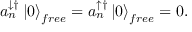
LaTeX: a _ { n } ^ { \downarrow \dagger } \left| 0 \right\rangle _ { f r e e } = a _ { n } ^ { \uparrow \dagger } \left| 0 \right\rangle _ { f r e e } = 0 .